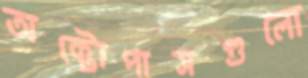
অক্টোপাসগুলো